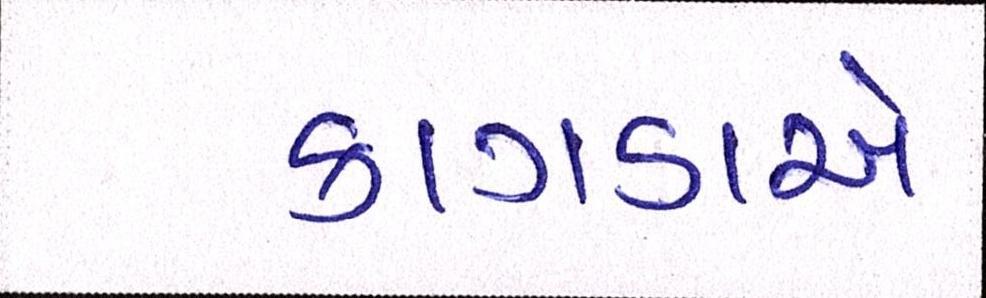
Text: કાગડાએ